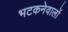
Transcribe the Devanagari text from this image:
भटकनेवालों